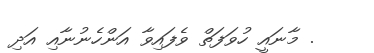
. މާނައީ ހުވަފަތް ވެފައިވާ އަންހެނުނާއި އަދި